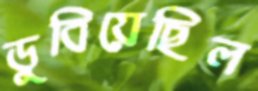
ডুবিয়েছিল